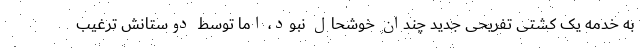
به خدمه یک کشتی تفریحی جدید چندان خوشحال نبود، اما توسط دوستانش ترغیب